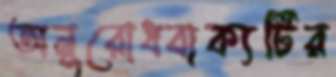
অনুরোধবাক্যটির